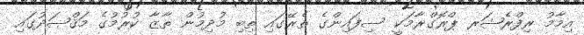
އިމާމު ރިފްރެޝަރ ޕްރޮގްރާމަކީ ސިފައިންގެ ތެރޭގައި ތިބި މުދިމުން ތާޒާ ކުރުމުގެ މަޤްޞަދުގައި